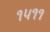
૧૫૧૧